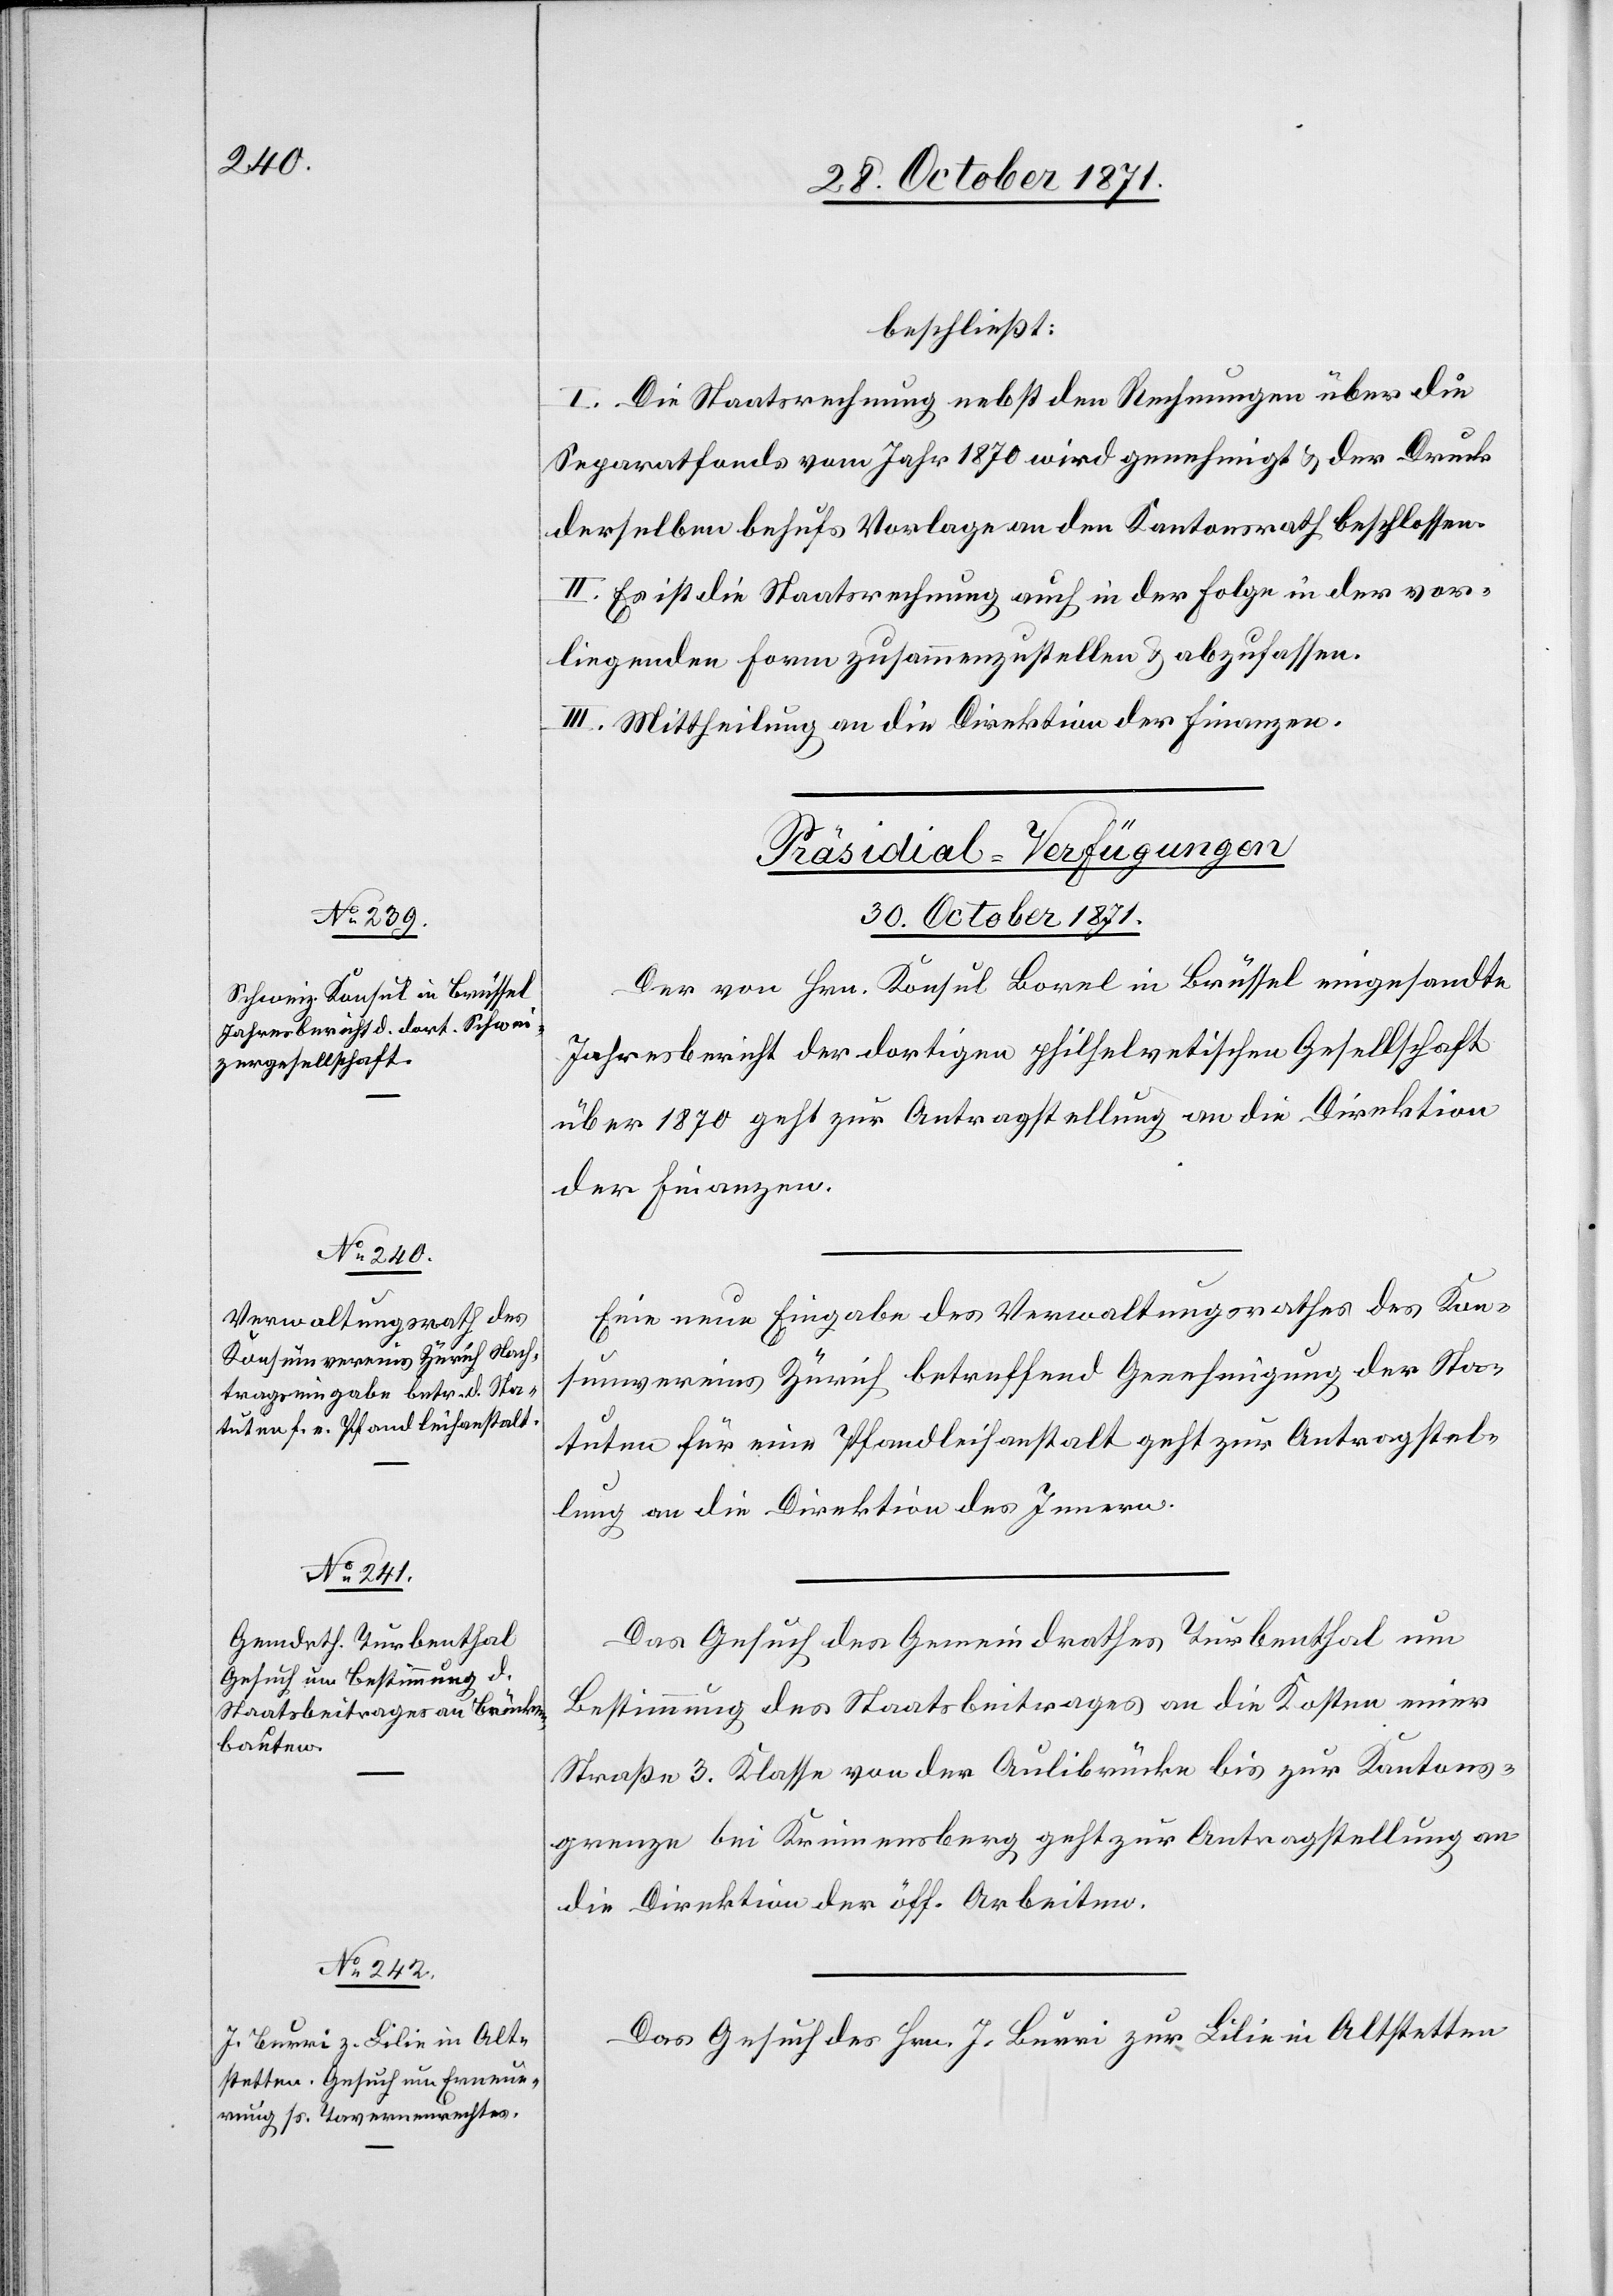
beschließt:
I. Die Staatsrechnung nebst den Rechnungen über die
Separatfonds vom Jahr 1870 wird genehmigt & der Druck
derselben behufs Vorlage an den Kantonsrath beschlossen.
II. Es ist die Staatsrechnung auch in der Folge in der vor¬
liegenden Form zusammenzustellen & abzufassen.
III. Mittheilung an die Direktion der Finanzen.
[Präsidial-Verfügungen
30. October 1871.]
Der von Hrn. Konsul Borel in Brüssel eingesandte
Jahresbericht der dortigen philhelvetischen Gesellschaft
über 1870 geht zur Antragstellung an die Direktion
der Finanzen.
Eine neue Eingabe des Verwaltungsrathes des Kon¬
sumvereins Zürich betreffend Genehmigung der Sta¬
tuten für eine Pfandleihanstalt geht zur Antragstel¬
lung an die Direktion des Innern.
Das Gesuch des Gemeindrathes Turbenthal um
Bestimmung des Staatsbeitrages an die Kosten einer
Straße 3. Klasse von der Aulibrücke bis zur Kantons¬
grenze bei Krierensberg geht zur Antragstellung an
die Direktion der öff. Arbeiten.
Das Gesuch des Hrn. J. Burri zur Lilie in Altstetten